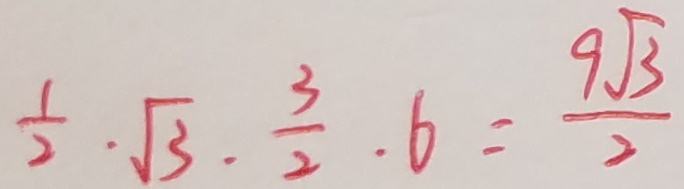
\frac { 1 } { 2 } \cdot \sqrt { 3 } \cdot \frac { 3 } { 2 } \cdot 6 = \frac { 9 \sqrt { 3 } } { 2 }